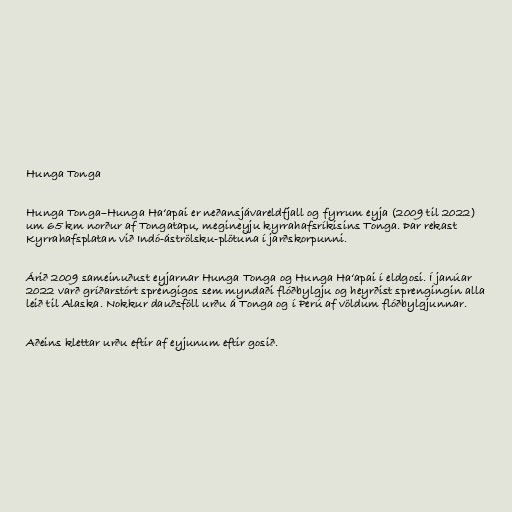
Hunga Tonga

Hunga Tonga–Hunga Haʻapai er neðansjávareldfjall og fyrrum eyja (2009 til 2022)
um 65 km norður af Tongatapu, megineyju kyrrahafsríkisins Tonga. Þar rekast
Kyrrahafsplatan við Indó-áströlsku-plötuna í jarðskorpunni.

Árið 2009 sameinuðust eyjarnar Hunga Tonga og Hunga Haʻapai í eldgosi. Í janúar
2022 varð gríðarstórt sprengigos sem myndaði flóðbylgju og heyrðist sprengingin alla
leið til Alaska. Nokkur dauðsföll urðu á Tonga og í Perú af völdum flóðbylgjunnar.

Aðeins klettar urðu eftir af eyjunum eftir gosið.